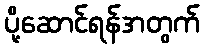
ပို့ဆောင်ရန်အတွက်